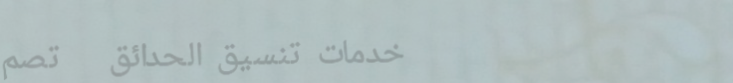
خدمات تنسيق الحدائق   تصم